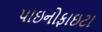
પાઇનોફાઇટા